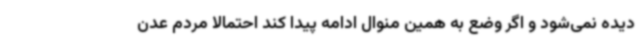
دیده نمی‌شود و اگر وضع به همین منوال ادامه پیدا کند احتمالا مردم عدن